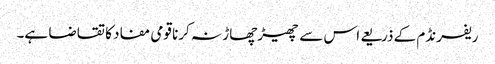
ریفرنڈم کے ذریعے اس سے چھیڑچھاڑ نہ کرنا قومی مفاد کا تقاضا ہے۔